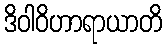
ဒိဝါဝိဟာရာယာတိ